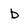
Character: b